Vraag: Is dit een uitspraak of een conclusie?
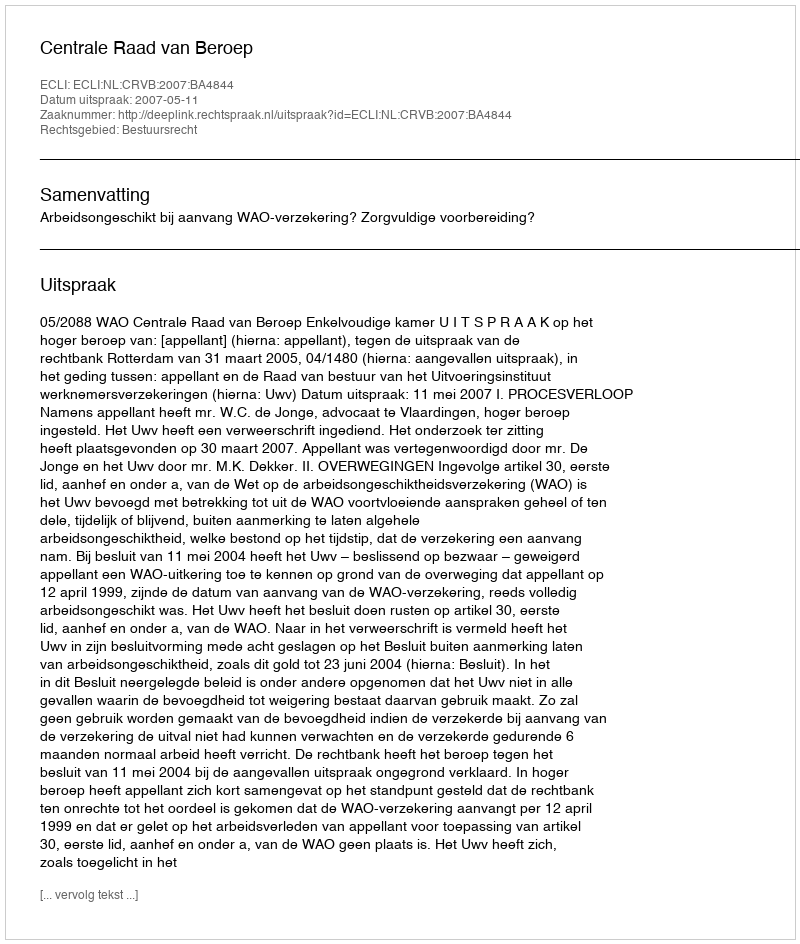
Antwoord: Uitspraak